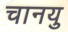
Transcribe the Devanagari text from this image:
चानयु